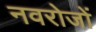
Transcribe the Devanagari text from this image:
नवरोजों